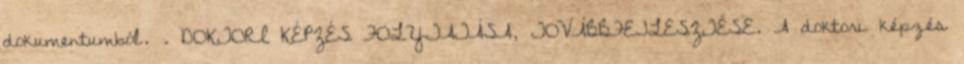
dokumentumból. . DOKTORI KÉPZÉS FOLYTATÁSA, TOVÁBBFEJLESZTÉSE. A doktori képzés